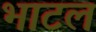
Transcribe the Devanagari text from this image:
भाटल